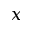
x